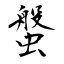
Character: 螌